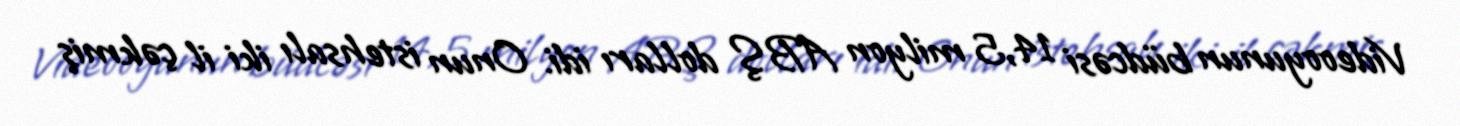
Videooyunun büdcəsi 14,5 milyon ABŞ dolları idi. Onun istehsalı iki il çəkmiş